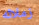
زملائه